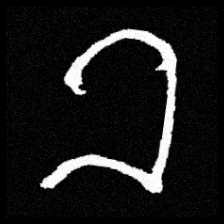
Pyu character \u2014 Myanmar letter: ခ (romanized: kha)